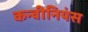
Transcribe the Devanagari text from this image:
कन्वीनियंस